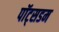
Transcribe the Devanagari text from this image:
पॉट्सडम